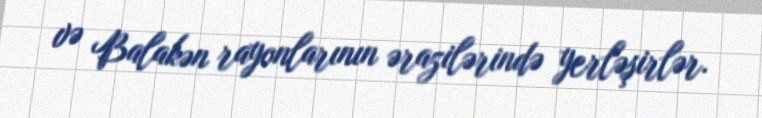
və Balakən rayonlarının ərazilərində yerləşirlər.